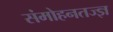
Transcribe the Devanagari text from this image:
संमोहनतज्‍ज्ञ